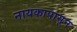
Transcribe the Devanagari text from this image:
नायकापासून